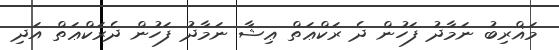
މަޣްރިބު ނަމާދު ފަހުން ދެ ރަކްޢަތް ޢިޝާ ނަމާދު ފަހުން ދެރަކްޢަތް އަދި